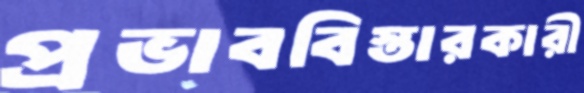
প্রভাববিস্তারকারী